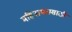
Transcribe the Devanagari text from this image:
महिनाभरासाठी